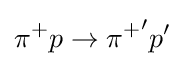
\pi ^{+}p\to {\pi ^{+}}^{\prime }p^{\prime }